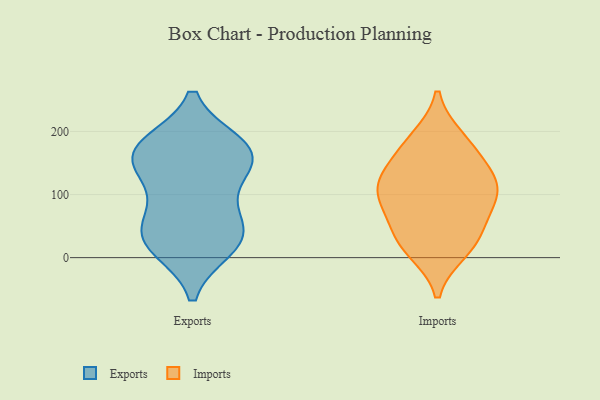
{"axis": {"x": "Shipments", "y": "Value"}, "legend": ["Exports", "Imports"], "data": [{"x": "", "y": 178, "type": "Exports"}, {"x": "", "y": 135, "type": "Exports"}, {"x": "", "y": 101, "type": "Exports"}, {"x": "", "y": 49, "type": "Exports"}, {"x": "", "y": 164, "type": "Exports"}, {"x": "", "y": 164, "type": "Exports"}, {"x": "", "y": 17, "type": "Exports"}, {"x": "", "y": 38, "type": "Exports"}, {"x": "", "y": 176, "type": "Exports"}, {"x": "", "y": 45, "type": "Exports"}, {"x": "", "y": 19, "type": "Exports"}, {"x": "", "y": 160, "type": "Exports"}, {"x": "", "y": 99, "type": "Imports"}, {"x": "", "y": 115, "type": "Imports"}, {"x": "", "y": 12, "type": "Imports"}, {"x": "", "y": 86, "type": "Imports"}, {"x": "", "y": 24, "type": "Imports"}, {"x": "", "y": 179, "type": "Imports"}, {"x": "", "y": 124, "type": "Imports"}, {"x": "", "y": 188, "type": "Imports"}, {"x": "", "y": 30, "type": "Imports"}, {"x": "", "y": 62, "type": "Imports"}, {"x": "", "y": 150, "type": "Imports"}, {"x": "", "y": 111, "type": "Imports"}]}